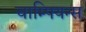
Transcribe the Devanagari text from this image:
चाम्पियन्स